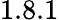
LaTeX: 1.8.1